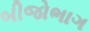
બીજોભાગ